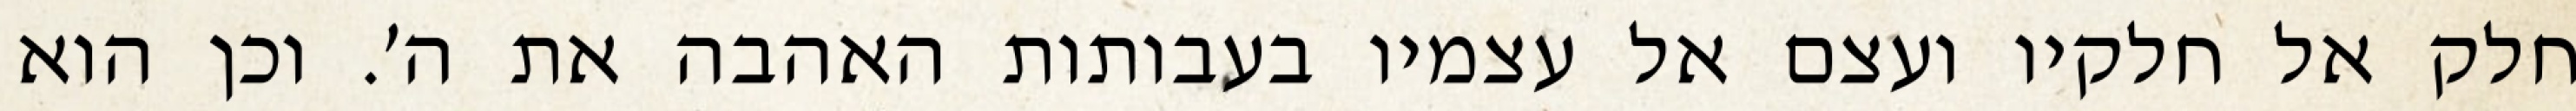
חלק אל חלקיו ועצם אל עצמיו בעבותות האהבה את ה׳. וכן הוא